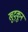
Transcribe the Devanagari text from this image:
खुद्कून